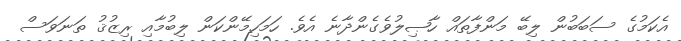
އެކަމުގެ ސަބަބުން ލިބޭ މަންފާތައް ހާޞިލުވެގެންދާނެ އެވެ. ހަމަހިމޭންކަން ލިބުމާއި ރިޒުޤު ތަނަވަސް